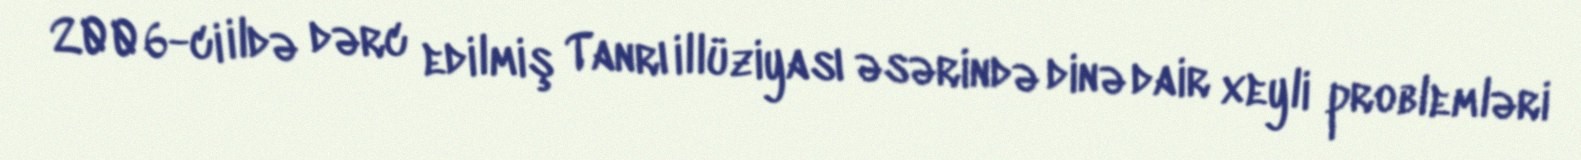
2006-ci ildə dərc edilmiş Tanrı illüziyası əsərində dinə dair xeyli problemləri